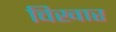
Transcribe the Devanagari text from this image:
विखार